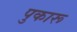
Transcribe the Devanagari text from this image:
पुकारू